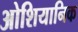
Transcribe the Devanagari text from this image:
ओशियानिक